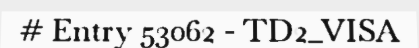
# Entry 53062 - TD2_VISA